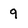
Character: 9